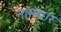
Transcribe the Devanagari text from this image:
नामचार